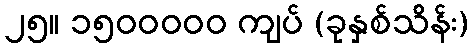
၂၅။ ၁၅၀၀၀၀၀ ကျပ် (ခုနှစ်သိန်း)